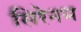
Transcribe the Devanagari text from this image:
सिरेनम